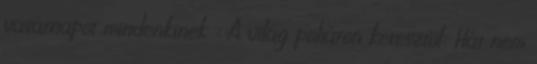
vasárnapot mindenkinek : A világ poháron keresztül: Hát nem